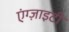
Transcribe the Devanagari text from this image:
एंग्ज़ाइटी